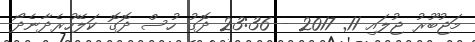
މަޖުބޫރު ޖުލައި 11